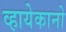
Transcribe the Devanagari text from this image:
व्हायेकानो